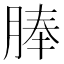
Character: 䏾